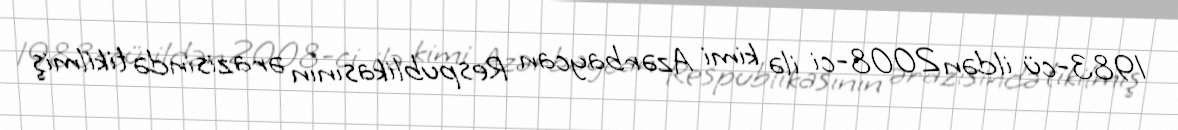
1983-cü ildən 2008-ci ilə kimi Azərbaycan Respublikasının ərazisində tikilmiş